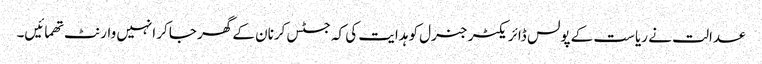
عدالت نے ریاست کے پولس ڈائریکٹر جنرل کو ہدایت کی کہ جسٹس کرنان کے گھر جاکر انہیں وارنٹ تھمائیں۔